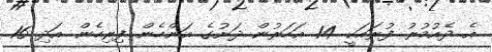
އެ ދެއުމުރު ފުރައަކީ 14 އަހަރުން ދަށުގެ އަންހެން ފިރިހެން އަދި 16